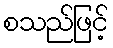
စသည်ဖြင့်